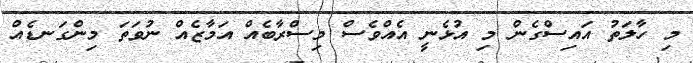
މި ހާލަތު އައިސްގެން މި އުޅެނީ އެއްވެސް މިސްރާބެއް އަމާޒެއް ނުވަތަ މިންގަނޑެއް